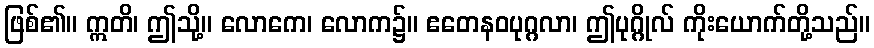
ဖြစ်၏။ ဣတိ၊ ဤသို့။ လောကေ၊ လောက၌။ ဧတေနဝပုဂ္ဂလာ၊ ဤပုဂ္ဂိုလ် ကိုးယောက်တို့သည်။